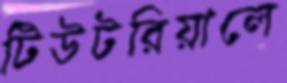
টিউটরিয়ালে